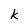
Character: k